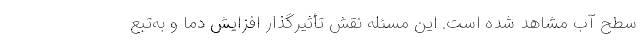
سطح آب مشاهد شده است. این مسئله نقش تأثیرگذار افزایش دما و به‌تبع